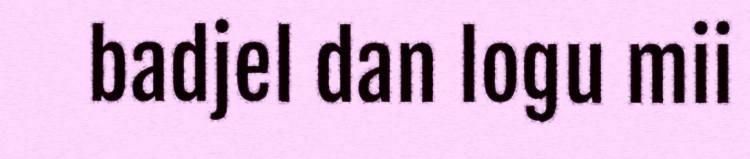
badjel dan logu mii